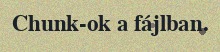
Chunk-ok a fájlban.